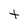
Character: t